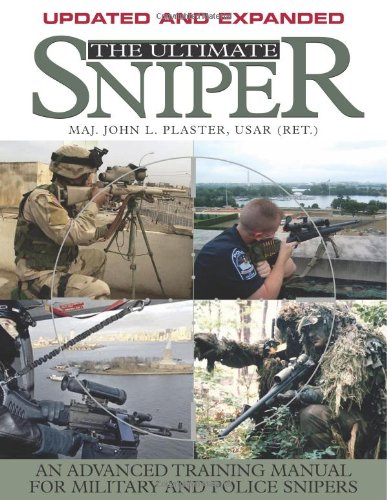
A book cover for The Ultimate Sniper: An Advanced Training Manual for Military and Police Snipers; John L. Plaster; Engineering & Transportation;